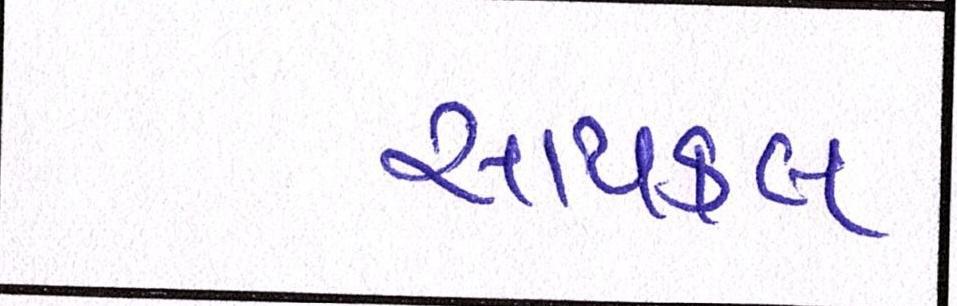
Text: સાયકલ